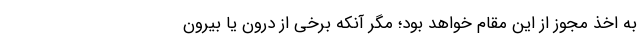
به اخذ مجوز از این مقام خواهد بود؛ مگر آنکه برخی از درون یا بیرون